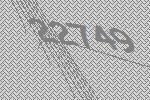
22749